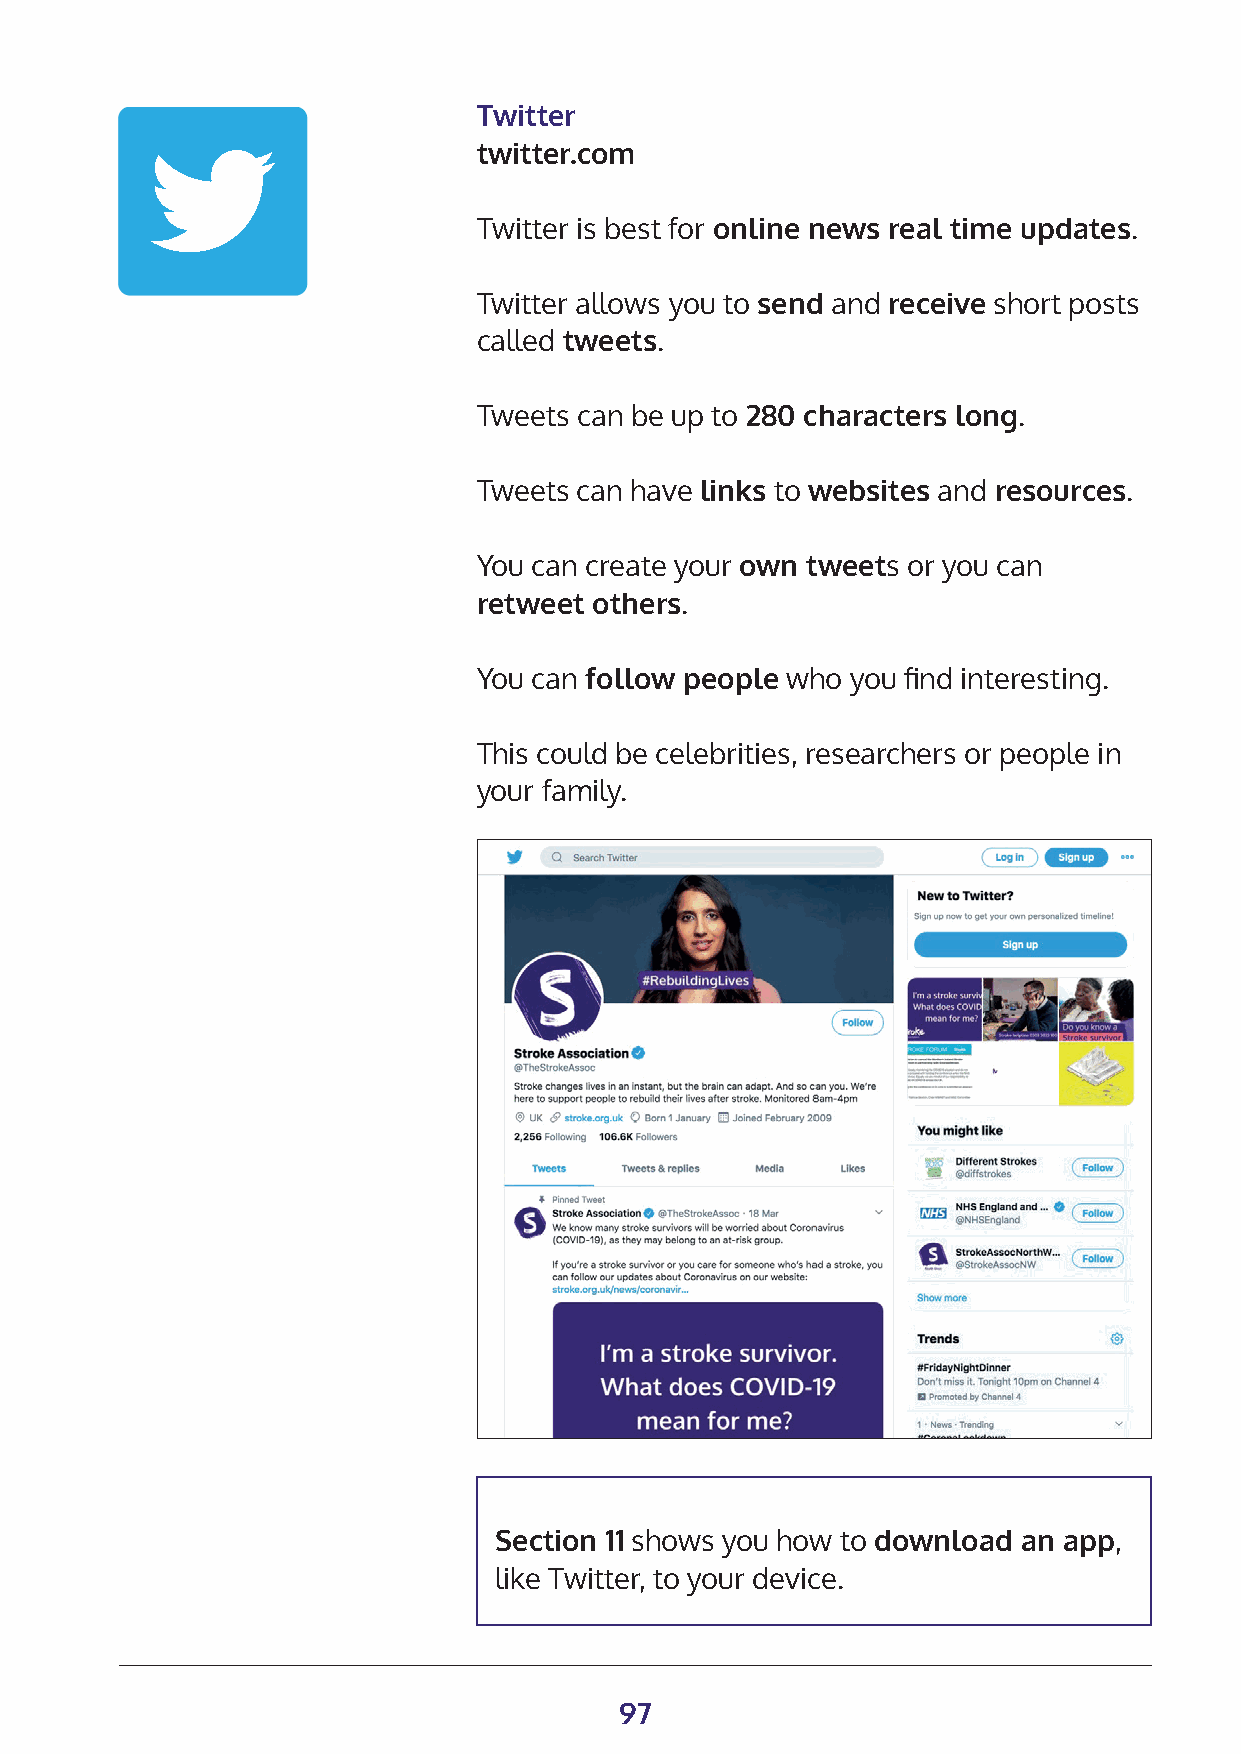
Twitter
 twitter.com
 Twitter is best for online news real time updates.
 Twitter allows you to send and receive short posts
 called tweets.
 Tweets can be up to 280 characters long.
 Tweets can have links to websites and resources.
 You can create your own tweets or you can
 retweet others.
 You can follow people who you find interesting.
 This could be celebrities, researchers or people in
 your family.
 Section 11 shows you how to download an app,
 like Twitter, to your device.
 97